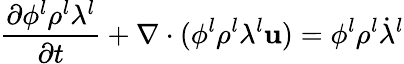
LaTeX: \frac{\partial\phi^{l}\rho^{l}\lambda^{l}}{\partial t}+\nabla\cdot(\phi^{l}\rho^{l}\lambda^{l}\mathbf{u})=\phi^{l}\rho^{l}\dot{\lambda}^{l}